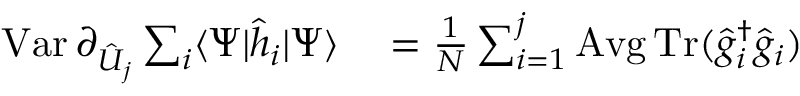
\begin{array} { r l } { \textstyle \operatorname { V a r } \partial _ { \hat { U } _ { j } } \sum _ { i } \langle \Psi | \hat { h } _ { i } | \Psi \rangle } & { { } \textstyle = \frac { 1 } { N } \sum _ { i = 1 } ^ { j } \operatorname { A v g } \operatorname { T r } ( \hat { g } _ { i } ^ { \dag } \hat { g } _ { i } ) } \end{array}